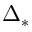
\Delta _ { * }